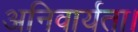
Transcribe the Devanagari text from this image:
अनिवार्यता।